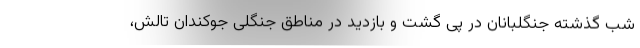
شب گذشته جنگلبانان در پی گشت و بازدید در مناطق جنگلی جوکندان تالش،